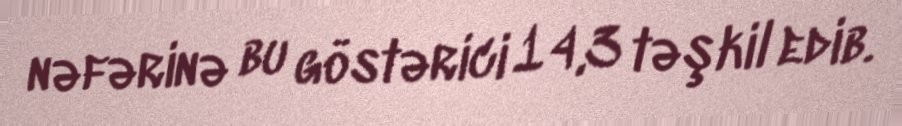
nəfərinə bu göstərici 14,3 təşkil edib.